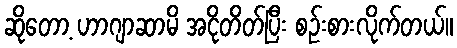
ဆိုတော့ ဟာဂျာဆာမိ အငိုတိတ်ပြီး စဉ်းစားလိုက်တယ်။